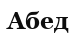
Абед